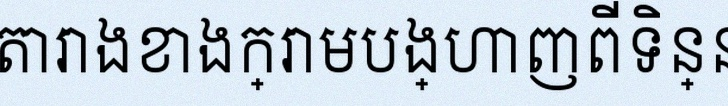
តារាងខាងក្រោមបង្ហាញពីទិន្នន័យ